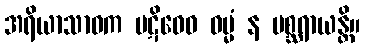
အရိယာသာဝက ပဋိဝေဓ ဓမ္မံ န မစ္ဆရာယန္တိ။